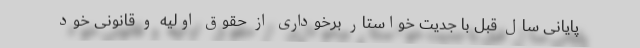
پایانی سال قبل با جدیت خواستار برخوداری از حقوق اولیه و قانونی خود